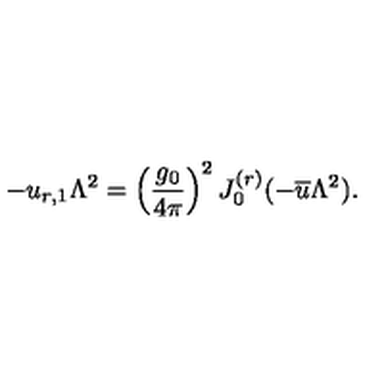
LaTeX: - u _ { r , 1 } \Lambda ^ { 2 } = \left( \frac { g _ { 0 } } { 4 \pi } \right) ^ { 2 } J _ { 0 } ^ { ( r ) } ( - { \overline { { u } } } \Lambda ^ { 2 } ) .